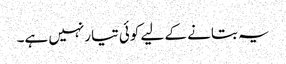
یہ بتانے کے لیے کوئی تیارنہیں ہے۔